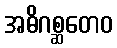
အဓိဂစ္ဆတေဝ